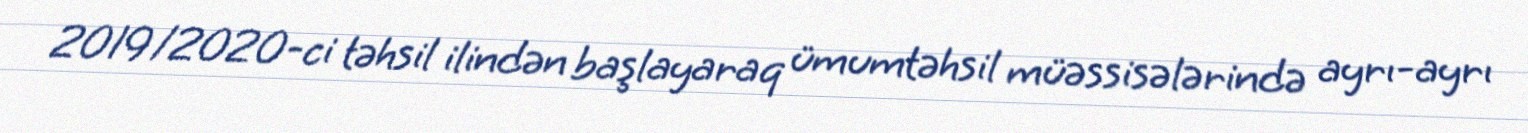
2019/2020-ci təhsil ilindən başlayaraq ümumtəhsil müəssisələrində ayrı-ayrı